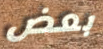
بعض